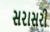
સરાસરી